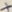
Text: +